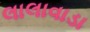
લાલાવાડા